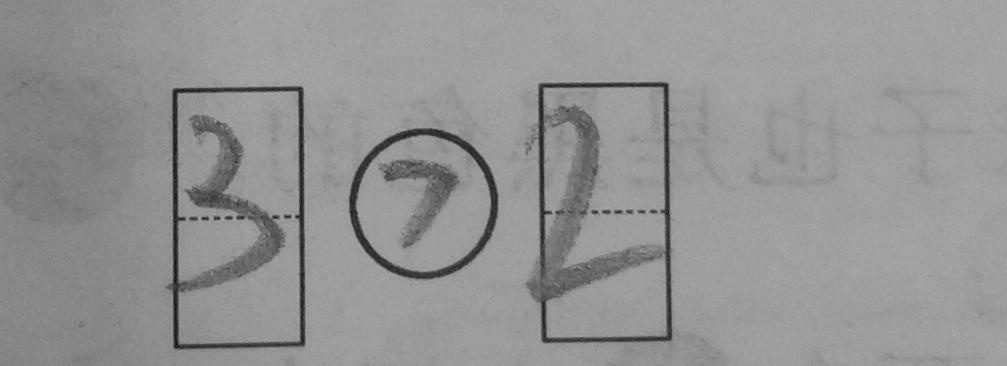
\boxed { 3 } \textcircled { > } \boxed { 2 }